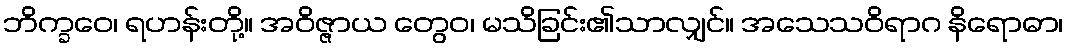
ဘိက္ခဝေ၊ ရဟန်းတို့။ အဝိဇ္ဇာယ တွေဝ၊ မသိခြင်း၏သာလျှင်။ အသေသဝိရာဂ နိရောဓာ၊